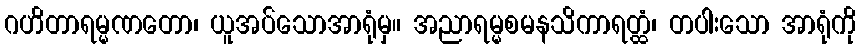
ဂဟိတာရမ္မဏတော၊ ယူအပ်သောအာရုံမှ။ အညာရမ္မစမနသိကာရတ္ထံ၊ တပါးသော အာရုံကို